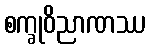
စက္ခုဝိညာဏဿ